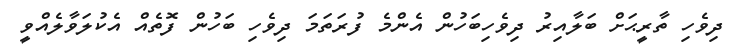
ދިވެހި ތާރީޙަށް ބަލާއިރު ދިވެހިބަހުން އެންމެ ފުރަތަމަ ދިވެހި ބަހުން ފޮތެއް އެކުލަވާލެއްވީ